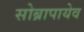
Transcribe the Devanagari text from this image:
सोब्रापायेव